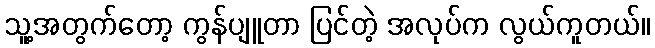
သူ့အတွက်တော့ ကွန်ပျူတာ ပြင်တဲ့ အလုပ်က လွယ်ကူတယ်။